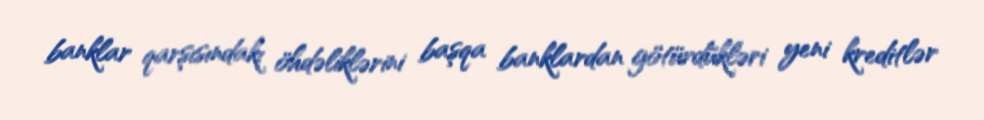
banklar qarşısındakı öhdəliklərini başqa banklardan götürdükləri yeni kreditlər